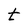
Character: t